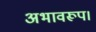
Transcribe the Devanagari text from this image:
अभावरूप।